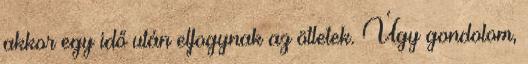
akkor egy idő után elfogynak az ötletek. Úgy gondolom,